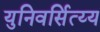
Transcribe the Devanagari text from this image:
युनिवर्सित्य्य